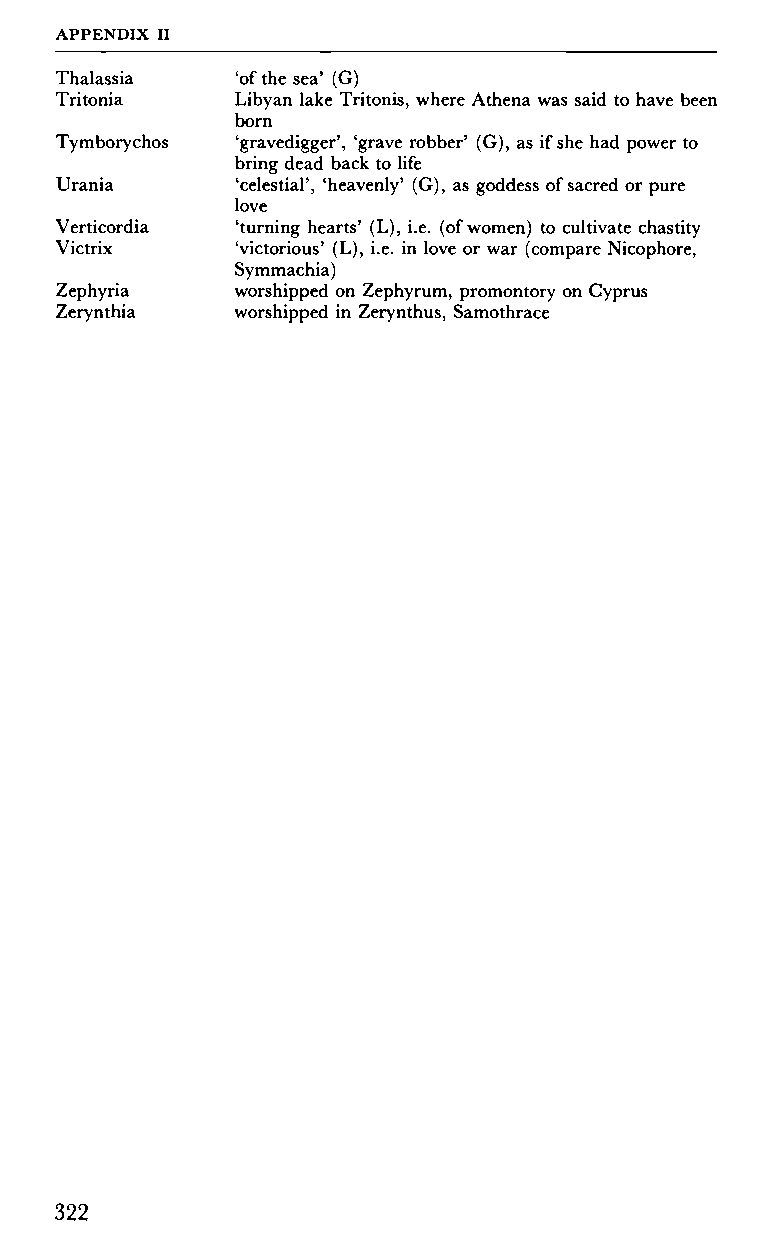
APPENDIX II
 Thalassia   'of the sea' (G)
 Tritonia    Libyan lake Tritonis, where Athena was said to have been
 born
 Tymborychos 'gravedigger', 'grave robber' (G), as if she had power to
 bring dead back to life
 Urania      'celestial', 'heavenly' (G), as goddess of sacred or pure
 love
 Verticordia 'turning hearts' (L), i.e. (of women) to cultivate chastity
 Victrix     'victorious' (L), i.e. in love or war (compare Nicophore,
 Symmachia)
 Zephyria    worshipped on Zephyrum, promontory on Cyprus
 Zerynthia   worshipped in Zerynthus, Samothrace